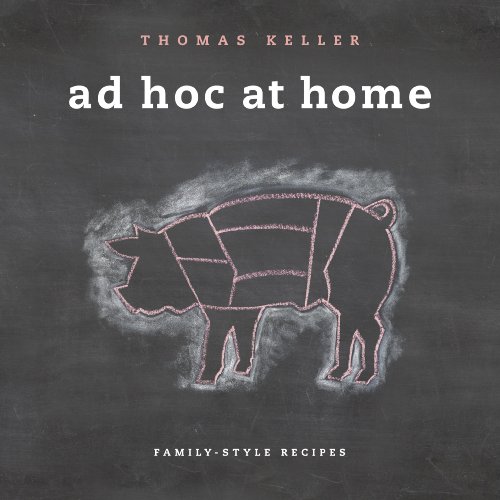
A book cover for Ad Hoc at Home; Thomas Keller; Cookbooks, Food & Wine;